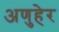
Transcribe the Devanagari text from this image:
अणुहेर